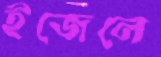
ইজেলে